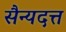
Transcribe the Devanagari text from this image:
सैन्यदत्त